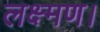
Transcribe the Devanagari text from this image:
लक्ष्मण।